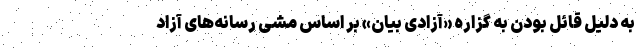
به دلیل قائل بودن به گزاره «آزادی بیان» بر اساس مشی رسانه‌های آزاد